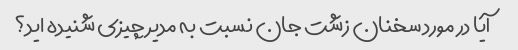
آیا در مورد سخنان زشت جان نسبت به مدیر چیزی شنیده اید؟